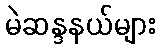
မဲဆန္ဒနယ်များ